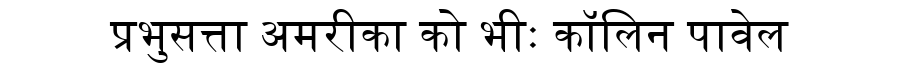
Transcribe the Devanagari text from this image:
प्रभुसत्ता अमरीका को भीः कॉलिन पावेल